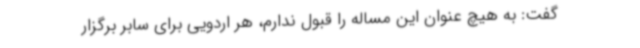
گفت: به هیچ عنوان این مساله را قبول ندارم، هر اردویی برای سابر برگزار